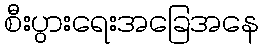
စီးပွားရေးအခြေအနေ